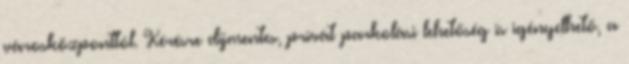
városközponttól. Kérésre díjmentes, privát parkolási lehetőség is igényelhető, a